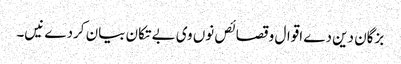
بزگان دین دے اقوال و قصائص نو‏‏ں وی بے تکان بیان کردے نیں۔